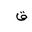
Letter: _qaf